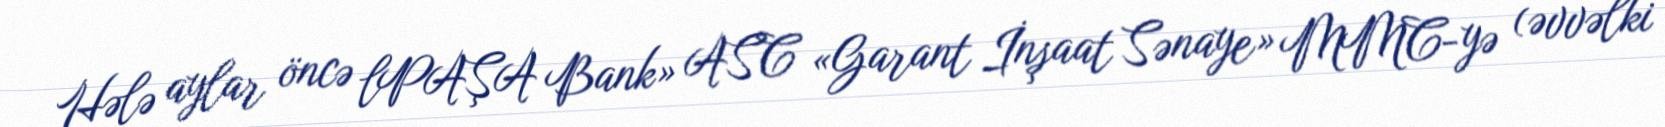
Hələ aylar öncə lPAŞA Bank» ASC «Garant İnşaat Sənaye» MMC-yə (əvvəlki